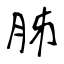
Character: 胏